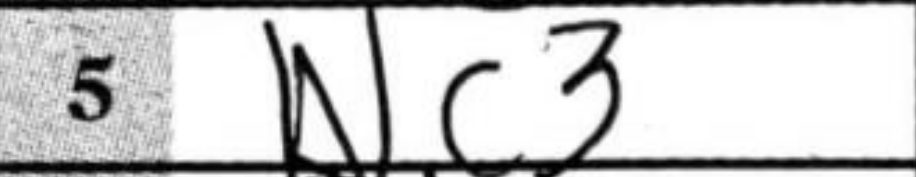
Transcription: Nc3